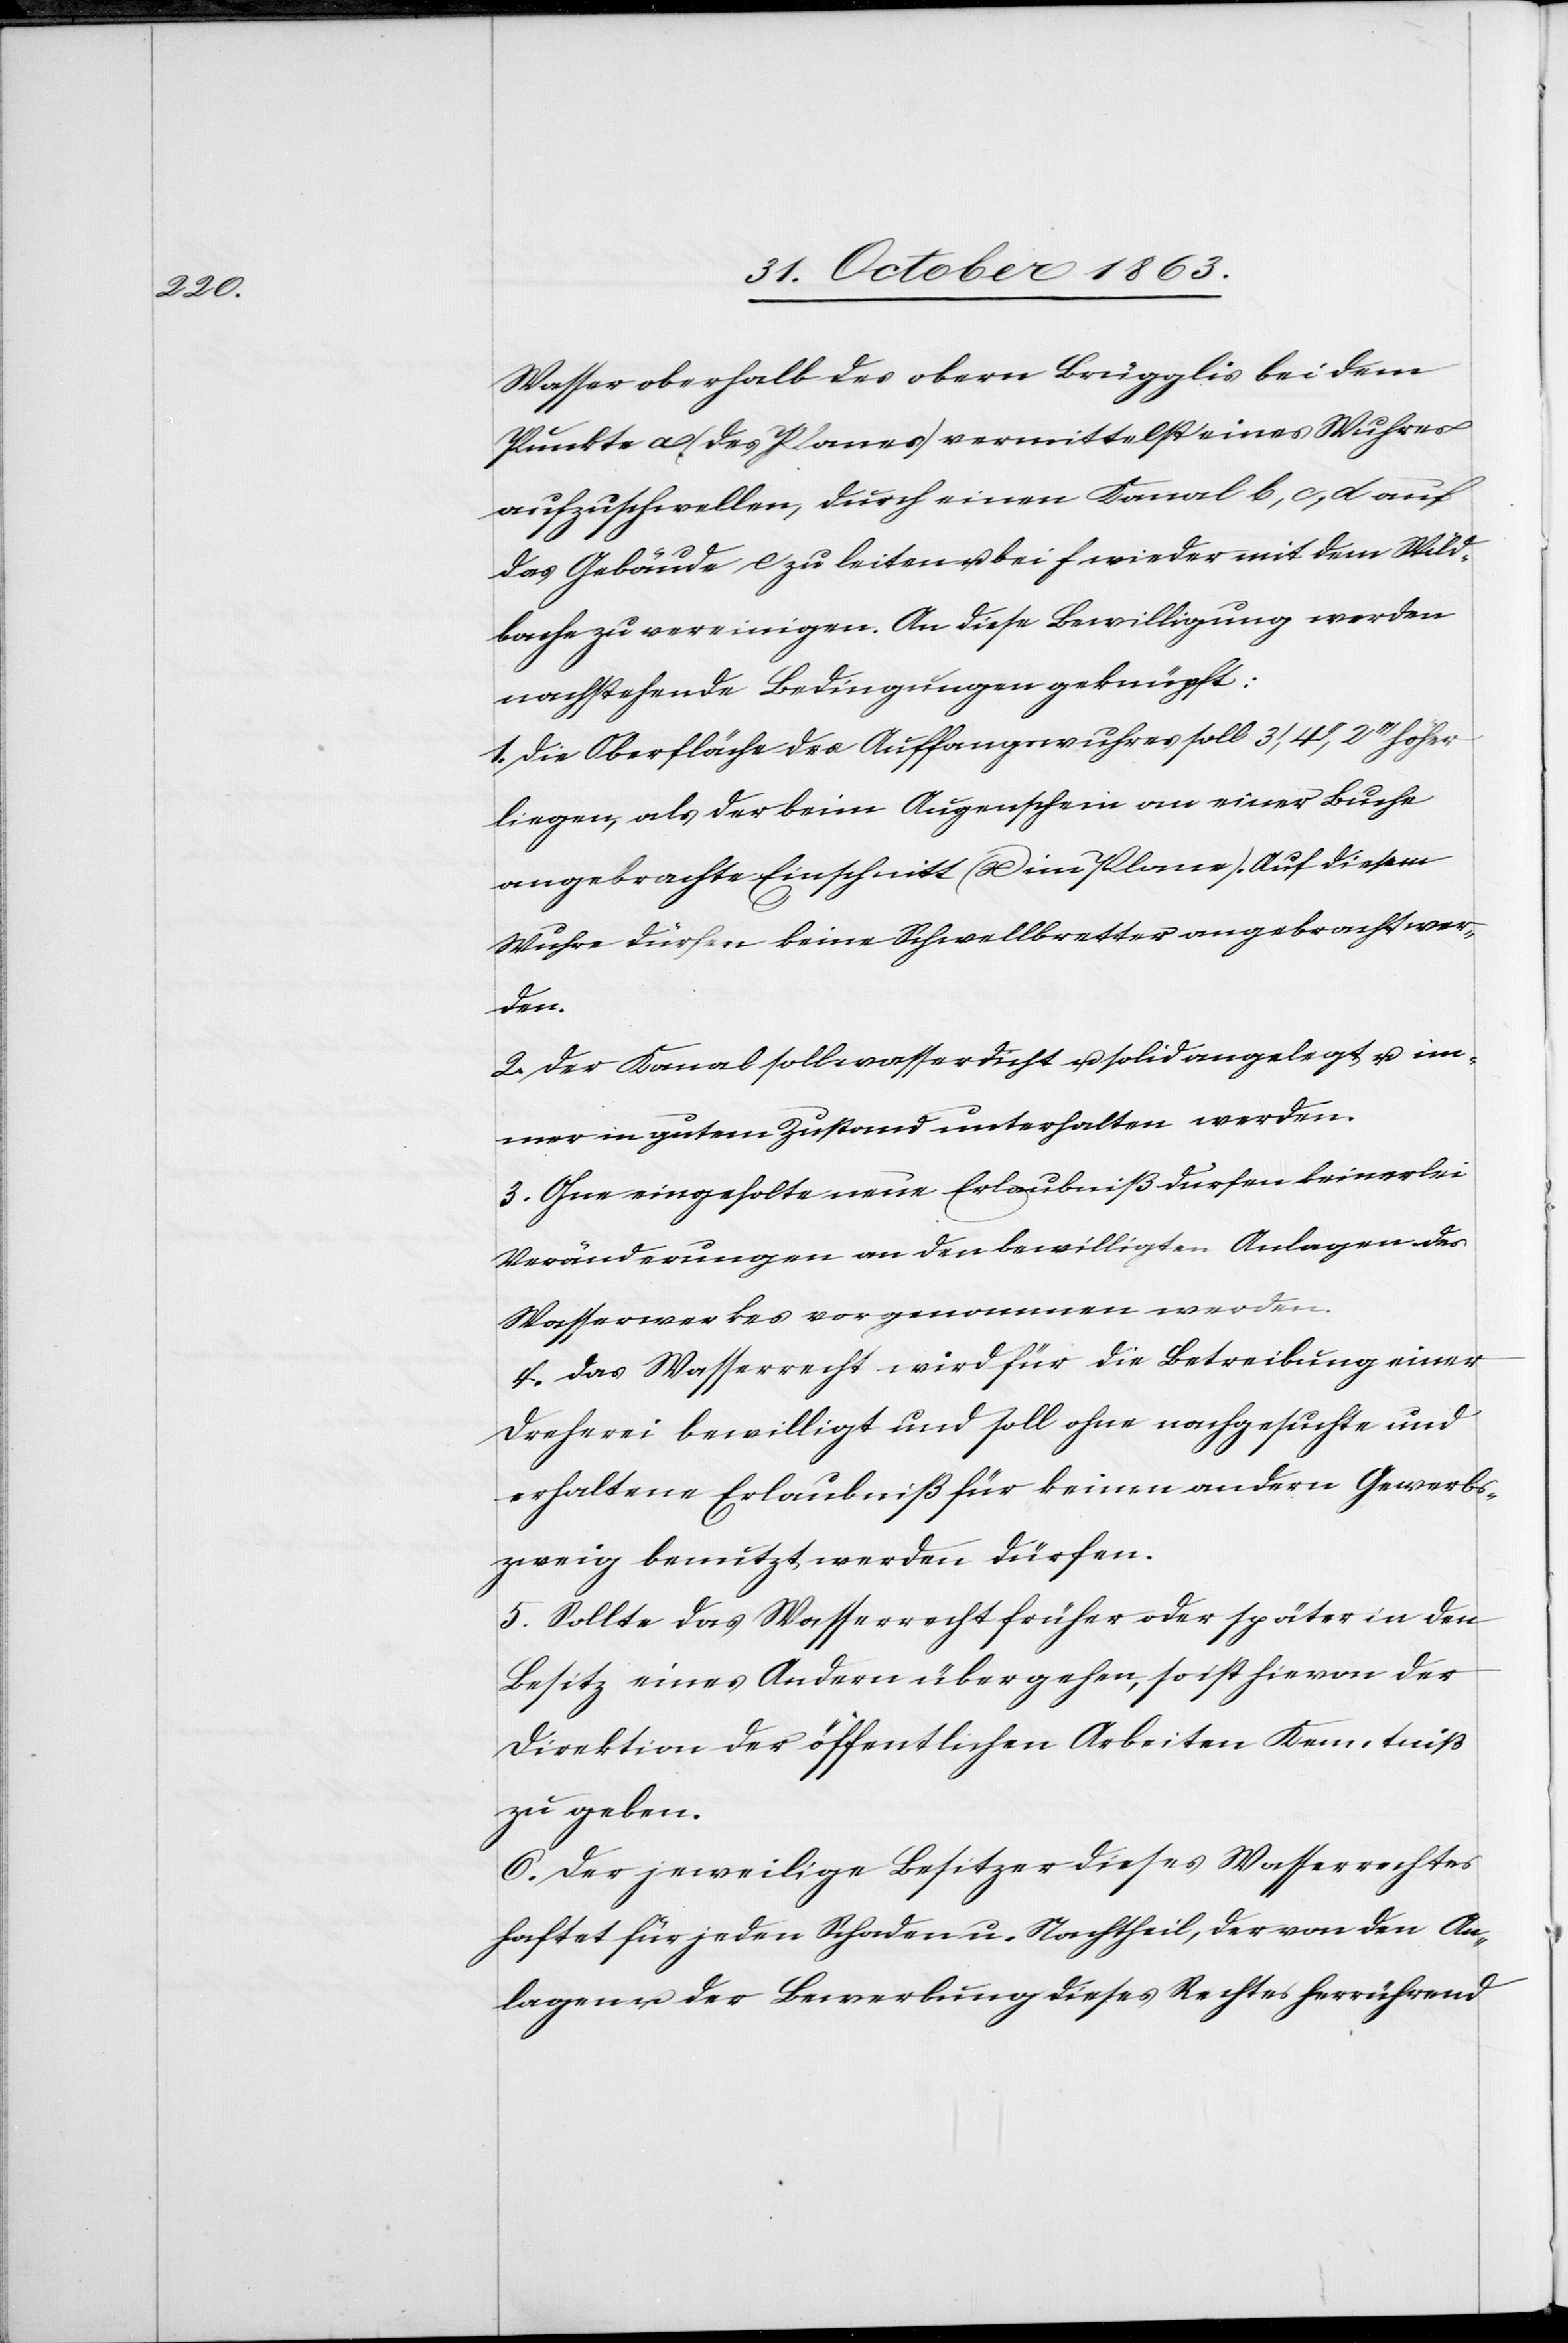
Wasser oberhalb des obern Brügglis bei dem
Punkte a (des Planes) vermittelst eines Wuhres
aufzuschwellen, durch einen Kanal b, c, d auf
das Gebäude e zu leiten u. bei f wieder mit dem Wild¬
bache zu vereinigen. An diese Bewilligung werden
nachstehende Bedingungen geknüpft:
1. Die Oberfläche des Auffangswuhres soll 3', 4'', 2''' höher
liegen, als der beim Augenschein an einer Buche
angebrachte Einschnitt (x im Plane). Auf diesem
Wuhre dürfen keine Schwellbretter angebracht wer¬
den.
2. Der Kanal soll wasserdicht u. solid angelegt u. im¬
mer in gutem Zustand unterhalten werden.
3. Ohne eingeholte neue Erlaubniß dürfen keinerlei
Veränderungen an den bewilligten Anlagen des
Wasserwerkes vorgenommen werden.
4. Das Wasserrecht wird für die Betreibung einer
Dreherei bewilligt und soll ohne nachgesuchte und
erhaltene Erlaubniß für keinen andern Gewerbs¬
zweig benutzt werden dürfen.
5. Sollte das Wasserrecht früher oder später in den
Besitz eines Andern übergehen, so ist hievon der
Direktion der öffentlichen Arbeiten Kenntniß
zu geben.
6. Der jeweilige Besitzer dieses Wasserrechtes
haftet für jeden Schaden u. Nachtheil, der von den An¬
lagen u. der Bewerbung dieses Rechtes herrührend